Report on vaccination in the Province of Bengal - 1874-1889
Year: 1874
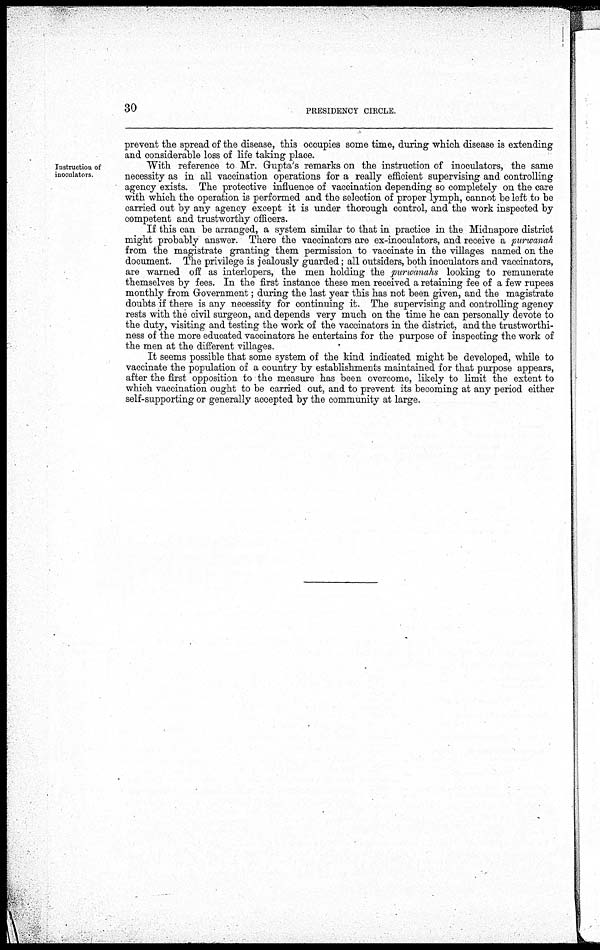
30
PRESIDENCY CIRCLE
prevent the spread of the disease, this occupies some time, during which disease is extending
and considerable loss of life taking place.
Instruction of
inoculators
With reference to Mr. Gupta's remarks on the instruction of inoculators, the same
necessity as in all vaccination operations for a really efficient supervising and controlling
agency exists. The protective influence of vaccination depending so completely on the care
with which the operation is performed and the selection of proper lymph, cannot be left to be
carried out by any agency except it is under thorough control, and the work inspected by
competent and trustworthy officers.
If this can be arranged, a system similar to that in practice in the Midnapore district
might probably answer. There the vaccinators are ex-inoculators, and receive a purwanah
from the magistrate granting them permission to vaccinate in the villages named on the
document. The privilege is jealously guarded; all outsiders, both inoculators and vaccinators,
are warned off as interlopers, the men holding the purwanahs looking to remunerate
themselves by fees. In the first instance these men received a retaining fee of a few rupees
monthly from Government; during the last year this has not been given, and the magistrate
doubts if there is any necessity for continuing it. The supervising and controlling agency
rests with the civil surgeon, and depends very much on the time he can personally devote to
the duty, visiting and testing the work of the vaccinators in the district, and the trustworthi-
ness of the more educated vaccinators he entertains for the purpose of inspecting the work of
the men at the different villages.
It seems possible that some system of the kind indicated might be developed, while to
vaccinate the population of a country by establishments maintained for that purpose appears,
after the first opposition to the measure has been overcome, likely to limit the extent to
which vaccination ought to be carried out, and to prevent its becoming at any period either
self-supporting or generally accepted by the community at large.